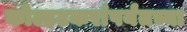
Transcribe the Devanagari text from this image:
कोल्हटकरांपर्यंतच्या